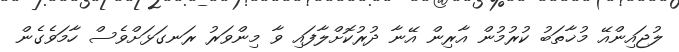
ލުޖައިންއޭ މުޚާތަބު ކުރުމުން އާރިން އޭނާ ދުރުކޮށްލާފައި ވާ މިންވަރު ރަނގަޅަށްވެސް ހާމަވެގެން